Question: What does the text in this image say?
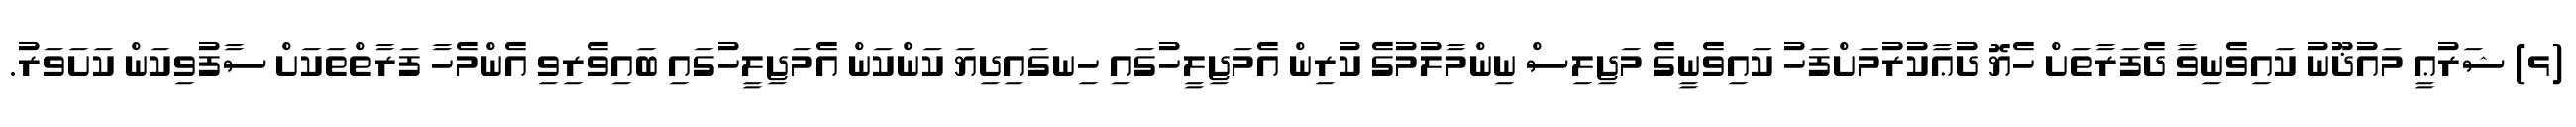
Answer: (ޅ) ޝަރުޢީ މައުޛޫނު ކައިވެނިވާ ދެފަރާތަށް ހެޔޮ ދުޢާކުރުމަށްފަހު ކައިވެނީގެ މަޖިލިސް ނިންމާލުމުގެ ކުރިން އެމަޖިލީހުގައި ހިނގައިދިޔަ ކަންކަން އެމަޖިލީހުގައި ބައިވެރިވި އެންމެހާ ފަރާތްތަކަށް ސާފުވިކަން ކަށަވަރު.